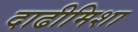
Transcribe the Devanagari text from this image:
दाढीमिशा